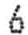
6